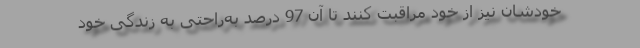
خودشان نیز از خود مراقبت کنند تا آن 97 درصد به‌راحتی به زندگی خود